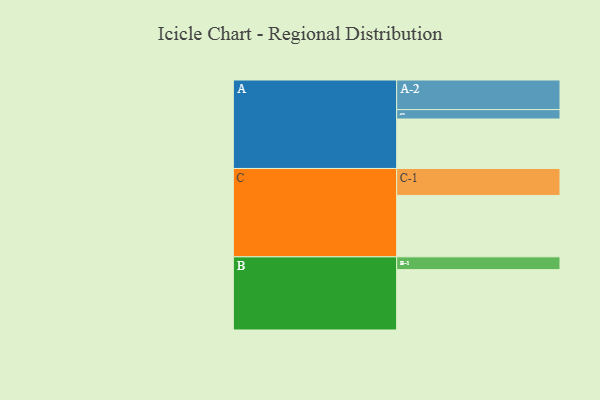
{"axis": {"x": "Segment", "y": "Value"}, "legend": ["", "A", "B", "C"], "data": [{"x": "A", "y": 468, "type": ""}, {"x": "B", "y": 571, "type": ""}, {"x": "C", "y": 581, "type": ""}, {"x": "A-1", "y": 89, "type": "A"}, {"x": "A-2", "y": 280, "type": "A"}, {"x": "B-1", "y": 121, "type": "B"}, {"x": "C-1", "y": 255, "type": "C"}]}